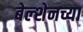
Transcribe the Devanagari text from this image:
बेल्शेनच्या